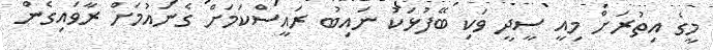
މީގެ އިތުރަށް މިއީ ސީދީ ވަކި ބޭފުޅަކު ނައިބު ރައީސްކަމަށް ގެނައުމަށް ރާވައިގެން